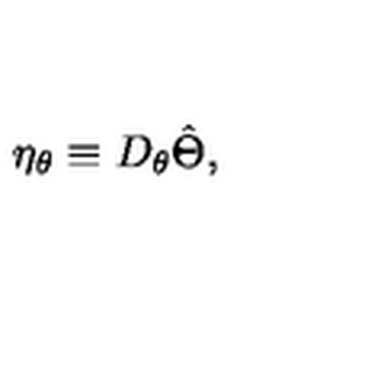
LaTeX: \eta _ { \theta } \equiv D _ { \theta } \hat { \Theta } ,